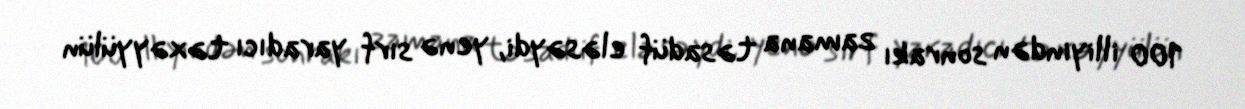
100 illiyindən sonrakı zamana təsadüf eləsəydi, yenə sırf yaradıcı təxəyyülün